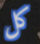
كل